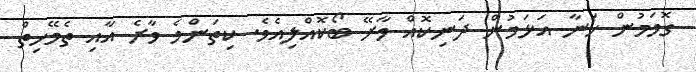
ގޮވަމުން ހަނާ އަޅަމުން ދަނިކޮއް ވާރޭ ބޯކޮއްލިއެވެ. ކިތަންމެ ވާރެ އާއި ތެމޭހިތް